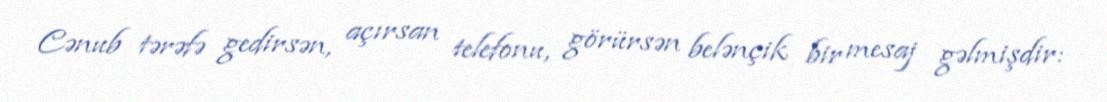
Cənub tərəfə gedirsən, açırsan telefonu, görürsən belənçik bir mesaj gəlmişdir: